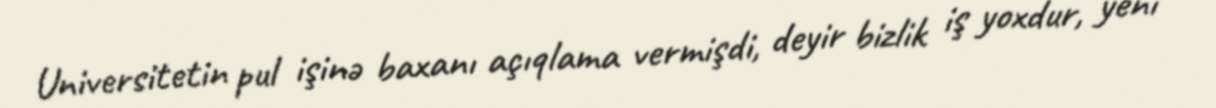
Universitetin pul işinə baxanı açıqlama vermişdi, deyir bizlik iş yoxdur, yeni